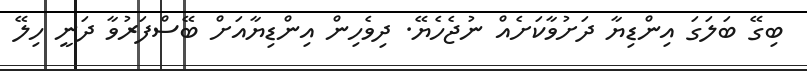
ބިގޭ ބަލަގަ އިންޑިޔާ ދަށުވާކަށެއް ނުޖެހެޔޭ. ދިވެހިން އިންޑިޔާއަށް ބޭސްފަރުވާ ދަނީ ހިލޭ